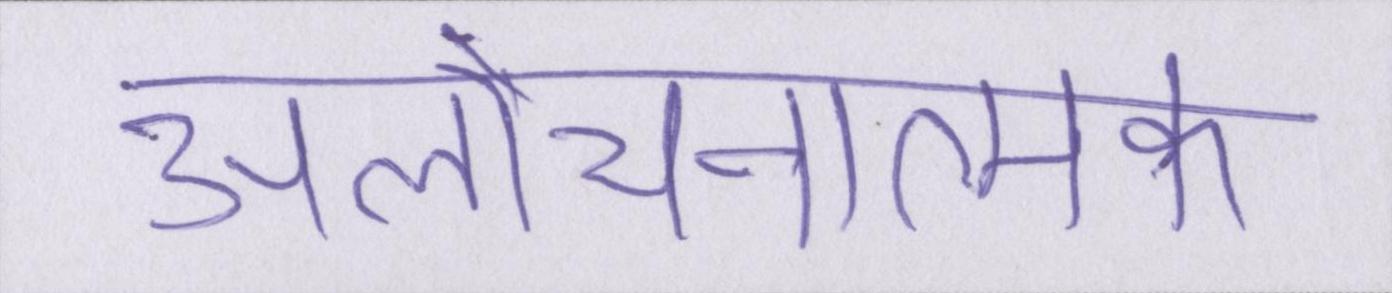
आलोचनात्मक